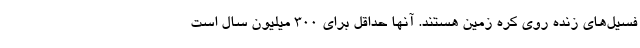
فسیل‌های زنده روی کره زمین هستند. آنها حداقل برای ۳۰۰ میلیون سال است